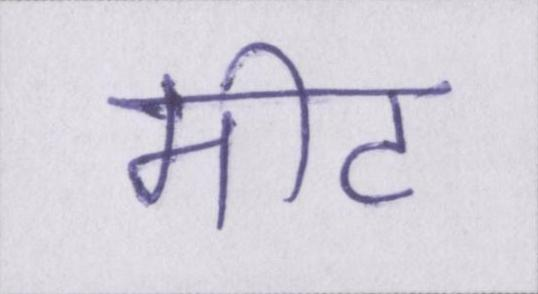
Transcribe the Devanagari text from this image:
मीट